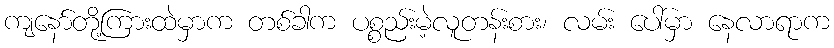
ကျနော်တို့ကြားထဲမှာက တစ်ခါက ပစ္စည်းမဲ့လူတန်းစား၊ လမ်း ပေါ်မှာ နေလာရာက